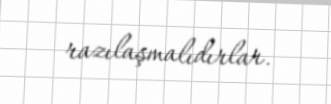
razılaşmalıdırlar.